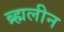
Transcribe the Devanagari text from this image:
ब्र्ह्मलीन